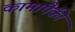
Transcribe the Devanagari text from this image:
कामांपैकी